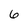
Character: 6